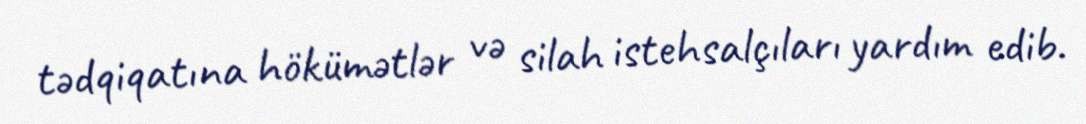
tədqiqatına hökümətlər və silah istehsalçıları yardım edib.